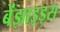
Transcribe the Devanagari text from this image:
बेंझाइड्स